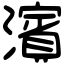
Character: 濱